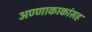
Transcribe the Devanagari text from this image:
अण्णाकाकांसह